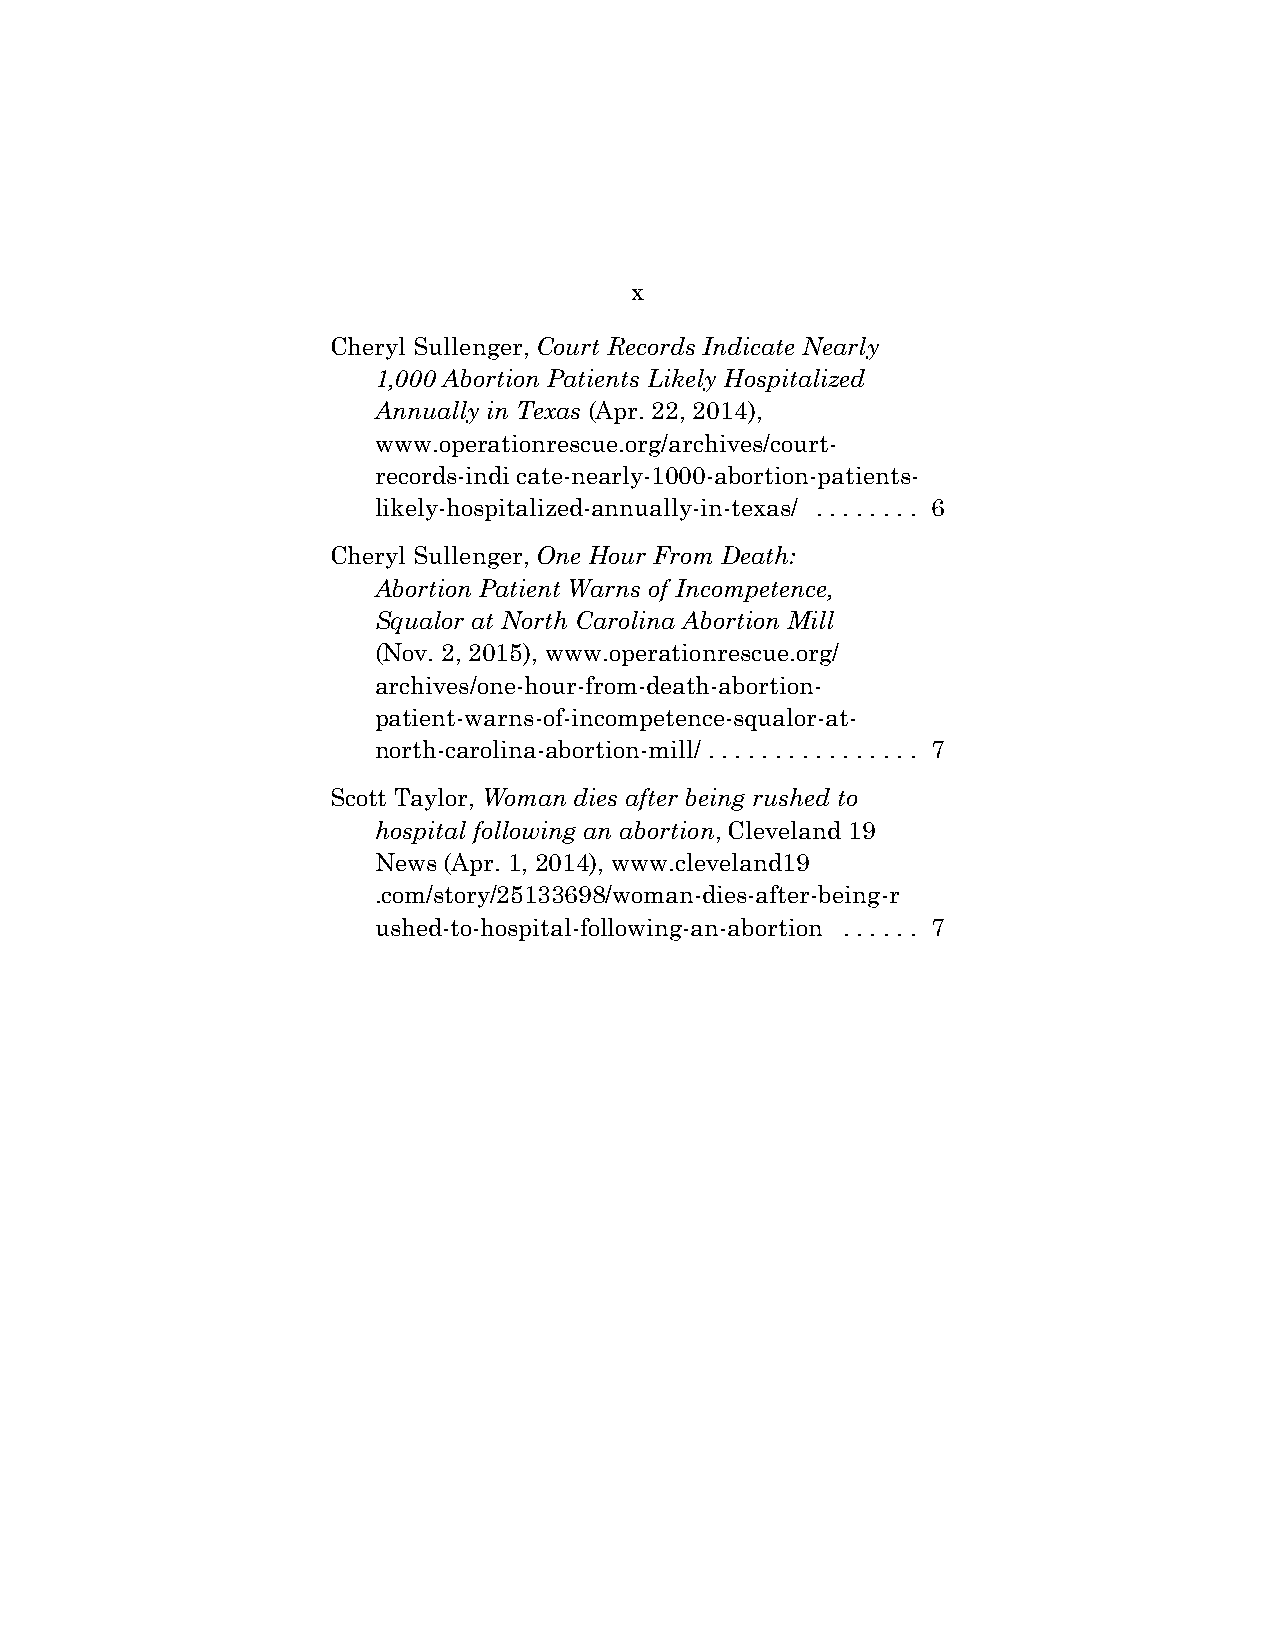
x
 Cheryl Sullenger, Court Records Indicate Nearly
 1,000 Abortion Patients Likely Hospitalized
 Annually in Texas (Apr. 22, 2014),
 www.operationrescue.org/archives/court-
 records-indi cate-nearly-1000-abortion-patients-
 likely-hospitalized-annually-in-texas/ . . . . . . . . 6
 Cheryl Sullenger, One Hour From Death:
 Abortion Patient Warns of Incompetence,
 Squalor at North Carolina Abortion Mill
 (Nov. 2, 2015), www.operationrescue.org/
 archives/one-hour-from-death-abortion-
 patient-warns-of-incompetence-squalor-at-
 north-carolina-abortion-mill/ . . . . . . . . . . . . . . . . 7
 Scott Taylor, Woman dies after being rushed to
 hospital following an abortion, Cleveland 19
 News (Apr. 1, 2014), www.cleveland19
 .com/story/25133698/woman-dies-after-being-r
 ushed-to-hospital-following-an-abortion . . . . . . 7